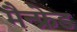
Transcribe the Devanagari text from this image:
मैन्फ्रेड